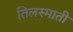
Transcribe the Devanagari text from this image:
तिलस्माती